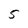
Character: 5